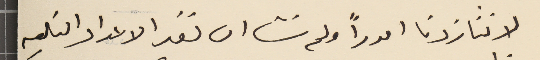
لاننا زدنا اموراً ولم نشا ان نغير الاعداد التاليه